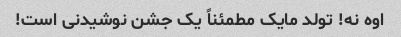
اوه نه! تولد مایک مطمئناً یک جشن نوشیدنی است!